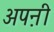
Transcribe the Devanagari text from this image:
अपऩी